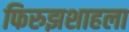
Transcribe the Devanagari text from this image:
फिरुझशाहला